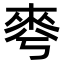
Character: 𣓚